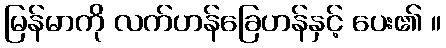
မြန်မာကို လက်ဟန်ခြေဟန်နှင့် ပေး၏ ။